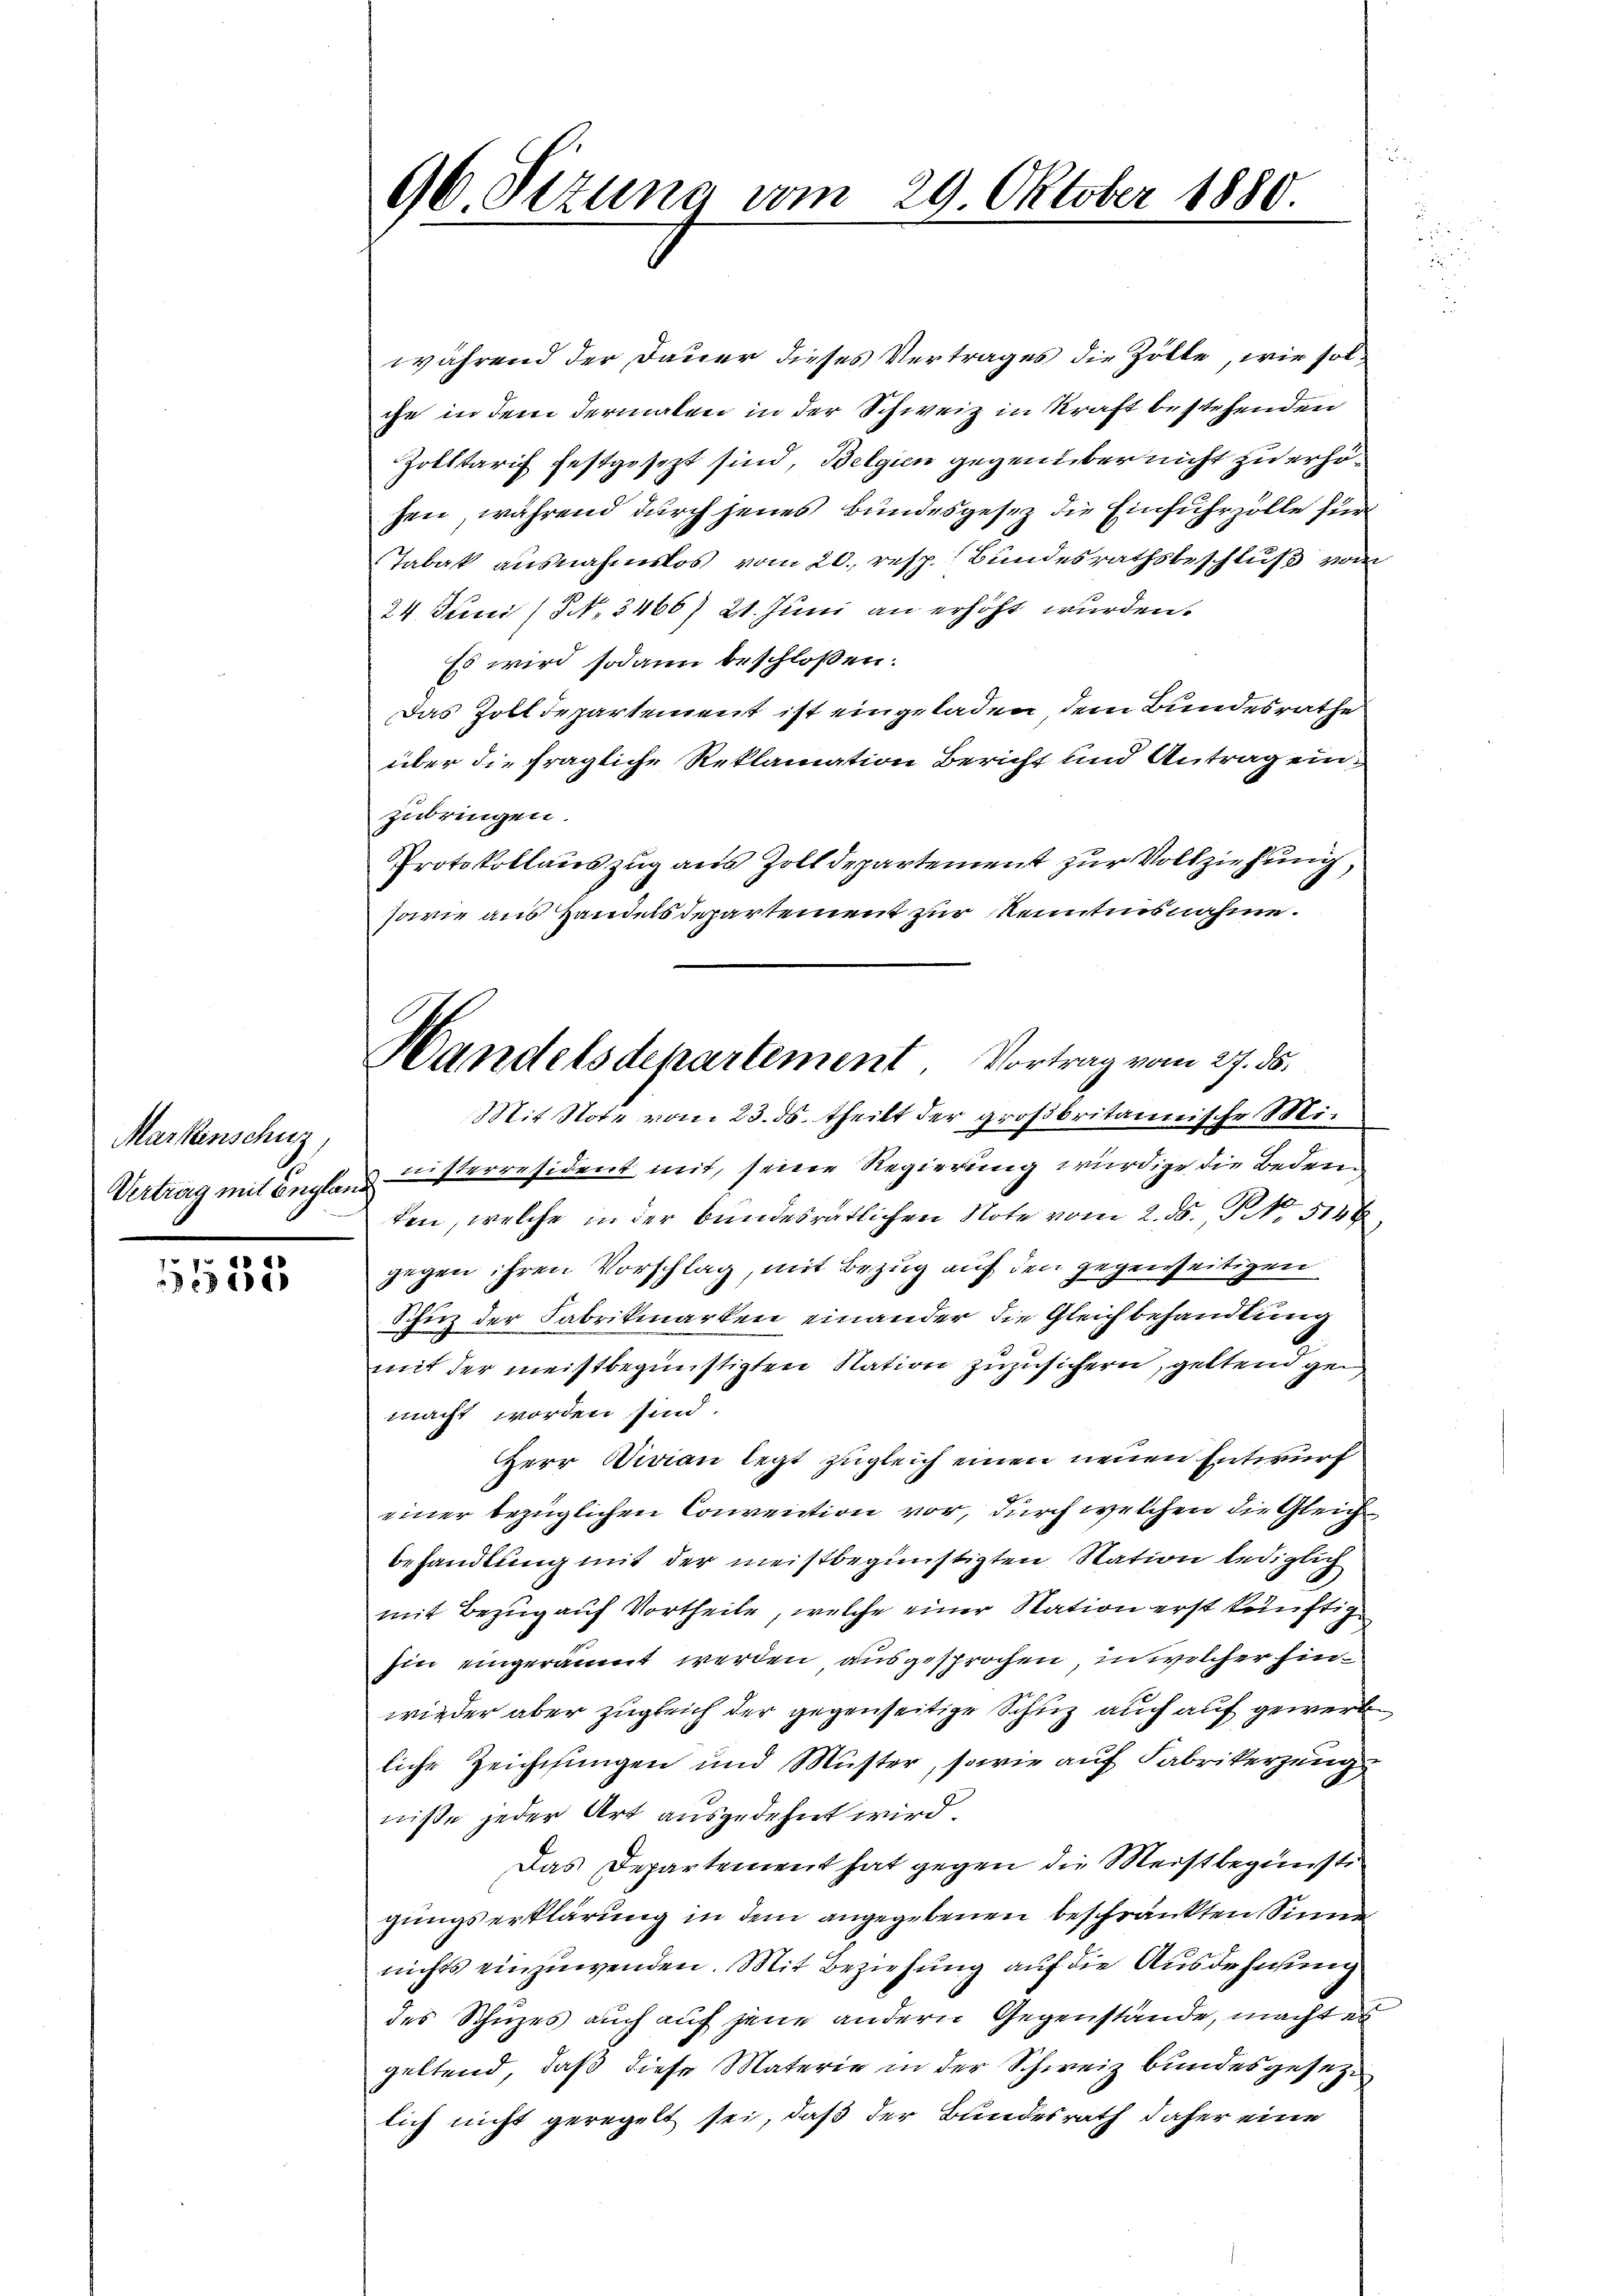
Markenschuz,
Vertrag mit Englan

532

96 Sezung vom 29 Oktober 1880.

Handelsdepartement Vortrag vom 27. ds.

während der Dauer dieses Vertrages die Zölte, wie solche in dem dermalen in der Schweiz in Kraft bestehenden
Zolltarif festgesezt sind, Belgien gegenüber nicht zu erhöhen, während durch jenes Bundesgesez die Einfuhrzolle für
Tabak ausnahmslos vom 20. resp. Bundesrathsbeschluß von
24. Juni (§ N. 3466) 21. Juni an erhöht wurden.
Es wird sodann beschloßen:
Das Zolldepartement ist eingeladen, dem Bundesrathe
über die fragliche Reklamation Bericht und Antrag einzubringen.
Protokollauszug aus Zolldepartement zur Vollziehung,
sowie aus Handelsdepartement zur Kenntnisnahme.
Mit Note vom 23. ds. theilt der großbritannische Ministerresident mit, seine Regierung würdige die Beden
ten, welche in der bundesrätlichen Note vom 2. ds. No 5126
gegen ihren Vorschlag, mit Bezug auf den gegenseitigen
Schinz der Fabrikmarken einander die Gleichbehandlung
mit der meistbegünstigten Nation zuzusichern, geltend gemacht worden sind.
Herr Divian legt zugleich einen neuen Entwurf
einer bezüglichen Convention vor, durch welchen die Gleich
behandlung mit der meistbegünstigten Station lediglich
mit Bezug auf Vortheile, welche einer Station erst künftig
hin eingeräumt werden ausgesprochen, in welcher hinwieder aber zugleich der gegenseitige Schuz auch auf gewerb
liche Zeichsungen und Müster, sowie auf Fabrikerzeug
niße jeder Art ausgedehnt wird.
Das Departement hat gegen die Meistbegünste
gungserklärung in dem angegebenen beschränkten Sinne
nichts einzuwenden. Mit Beziehung auf die Ausdehnung
des Schuzes auch auf jene andern Gegenstände, macht es
geltend, daß diese Materie in der Schweiz bundesgesetze
lich nicht geregelt sei, daß der Bundesrath daher eine